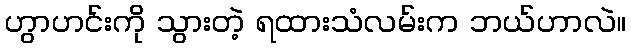
ဟွာဟင်းကို သွားတဲ့ ရထားသံလမ်းက ဘယ်ဟာလဲ။